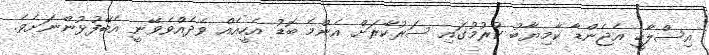
އިސްލާހީ އެޖެންޑާ ކާމިޔާބު ކުރުމުގައި ސަރުކާރަށް އެންމެ ބޮޑު އެހީއެއް ވެދެއްވެވޭނީ އެބޭފުޅުންނަށެވެ.